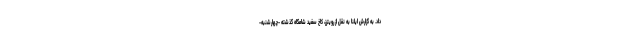
داد. به گزارش ایلنا به نقل از رویترز، کاخ سفید شامگاه گذشته -چهارشنبه-